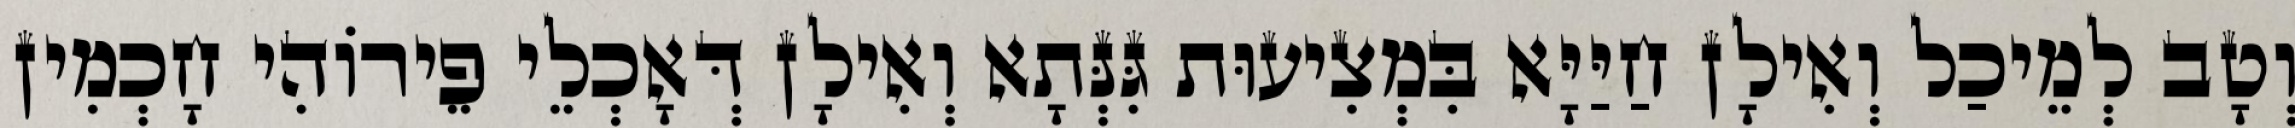
וְטָב לְמֵיכַל וְאִילָן חַיַּיָּא בִּמְצִיעוּת גִּנְּתָא וְאִילָן דְּאָכְלֵי פֵירוֹהִי חָכְמִין